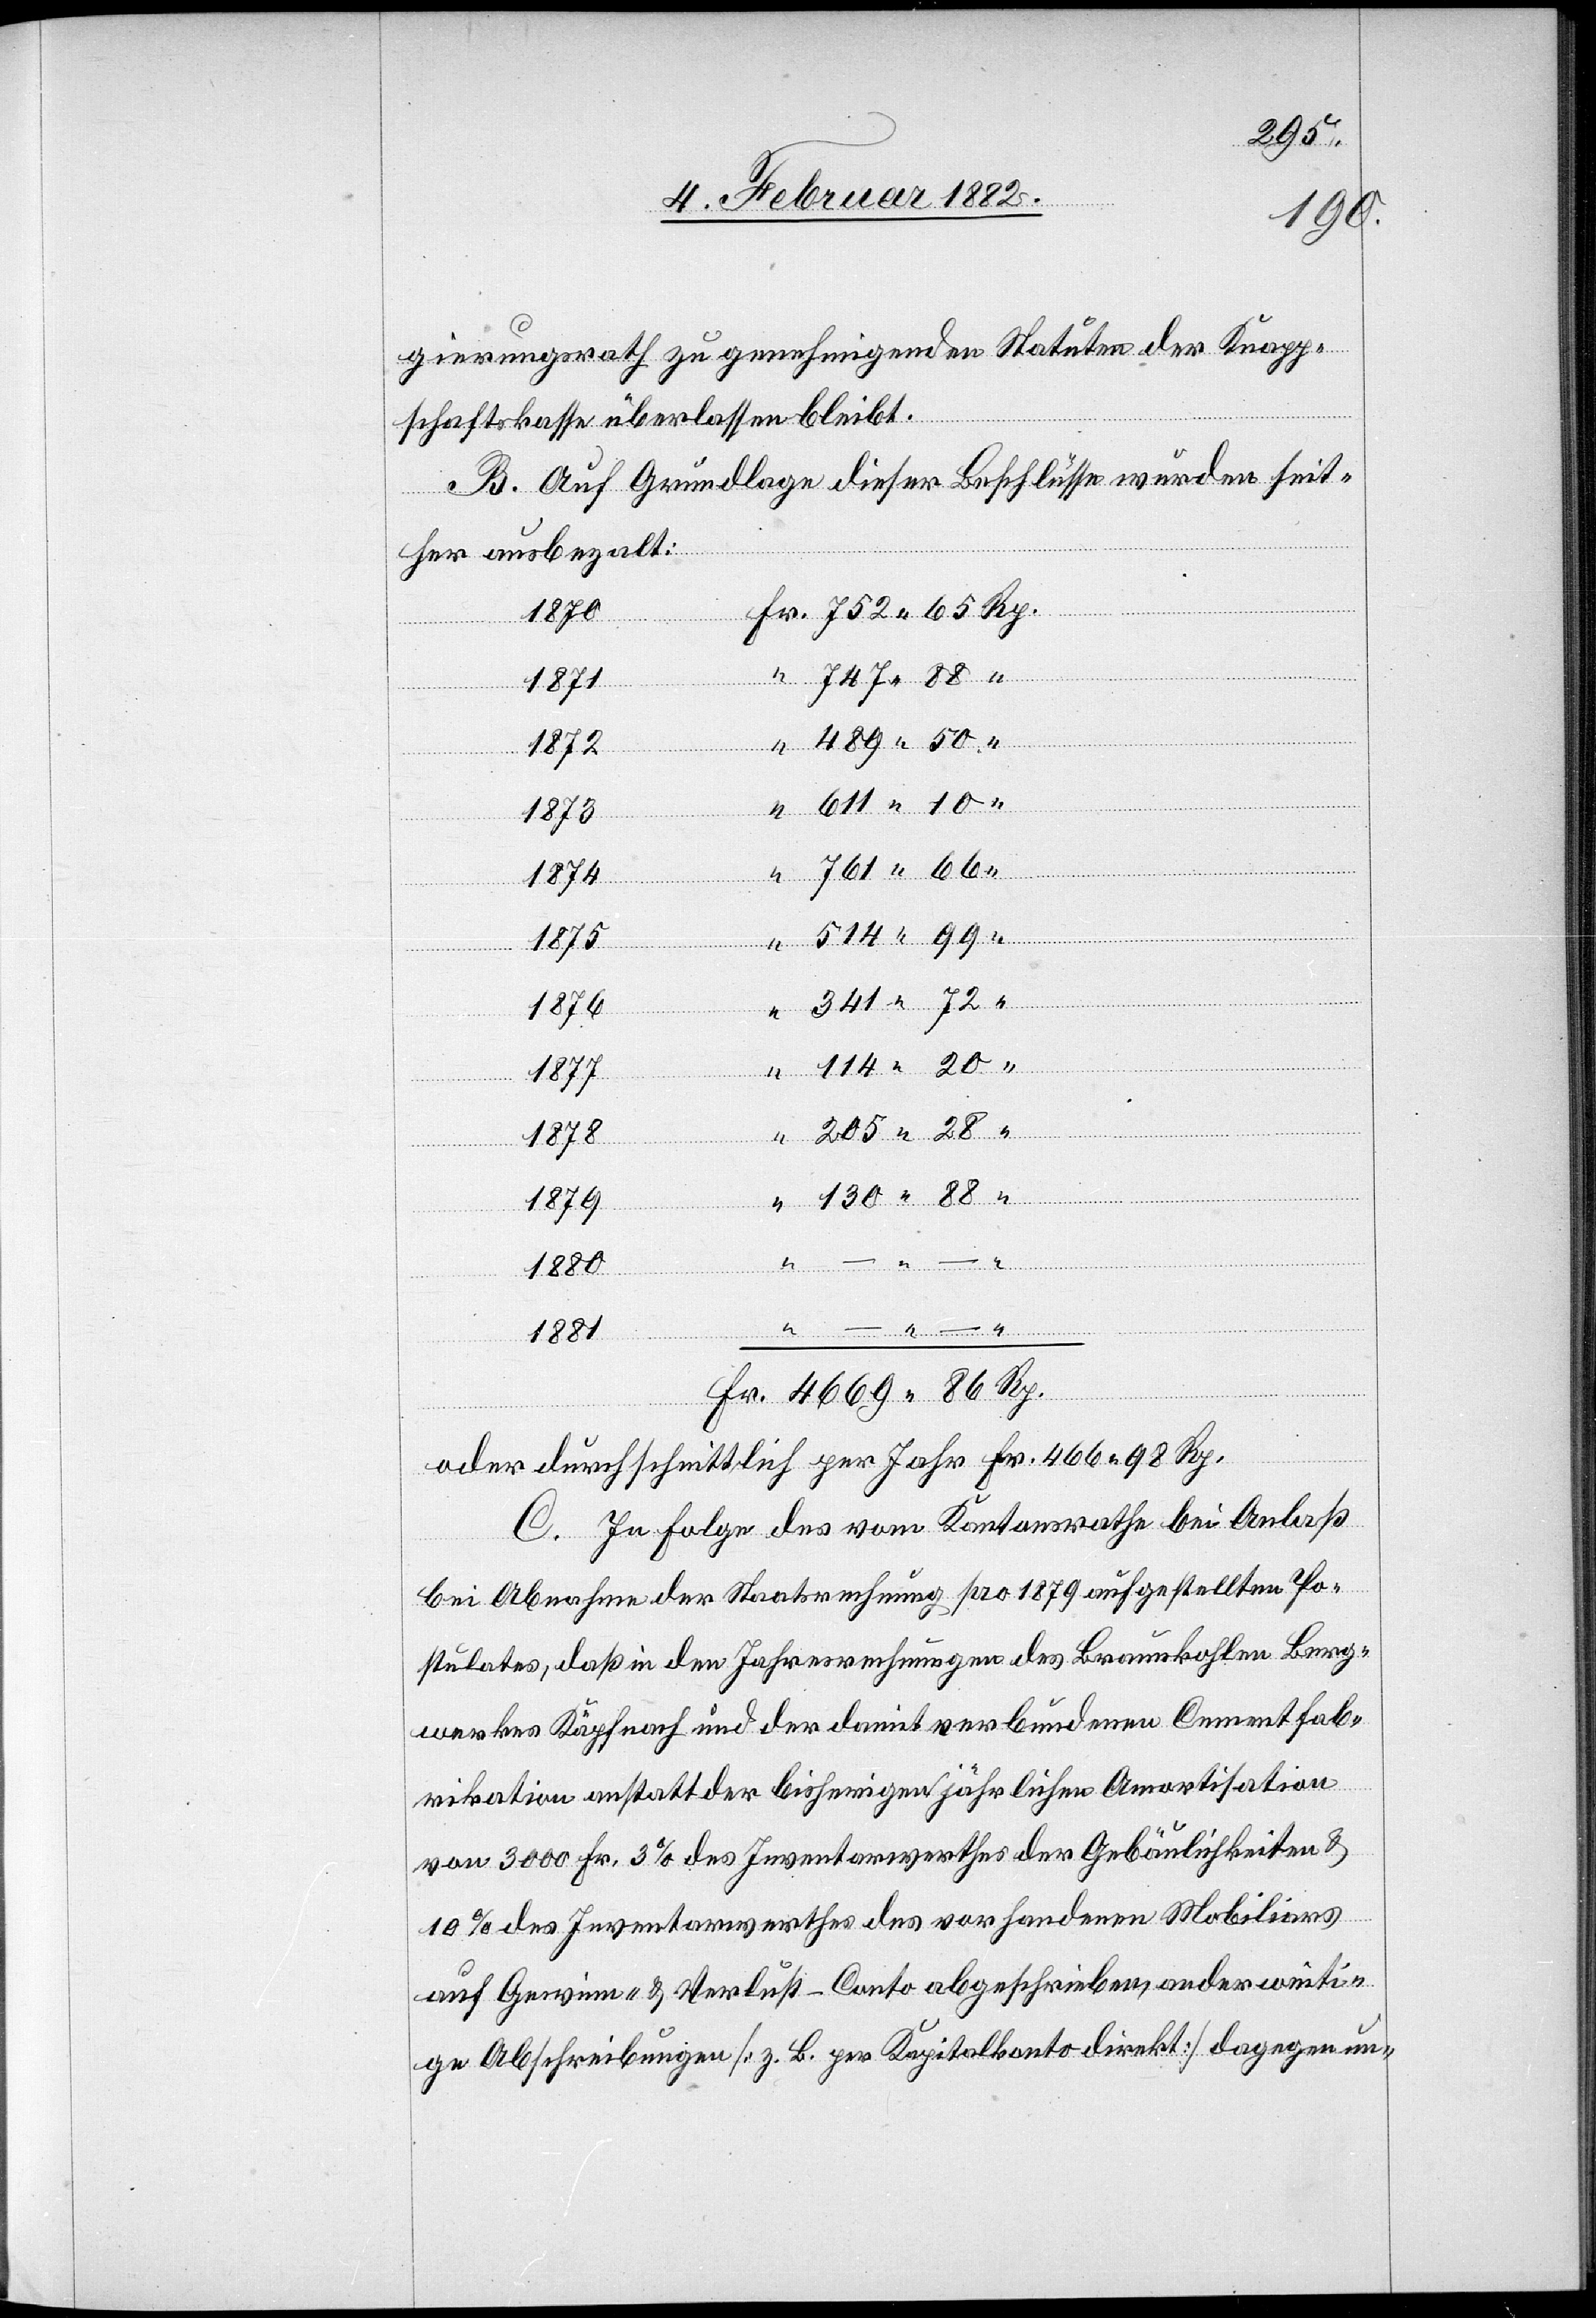
341 72 “
gierungsrath zu genehmigenden Statuten der Knapp¬
schaftskasse überlassen bleibt.
B. Auf Grundlage dieser Beschlüsse wurden seit¬
her ausbezahlt:
Fr. 752 65 Rp.
1871
“ 747 88 “
1872
489 50 “
1878
761 66
1875
205 28 “
1879
114 20 “
1877
130 88 “
1880
“ – – “
1881
Fr. 4669 86 Rp.
oder durchschnittlich per Jahr Fr. 466 98 Rp.
C. In Folge des vom Kantonsrath bei Anlaß
der Abnahme der Staatsrechnung pro 1879 aufgestellten Po¬
stulates, daß in den Jahresrechnungen des Braunkohlen Berg¬
werkes Käpfnach und der damit verbunden Cemmentfab¬
rikation anstatt der bisherigen jährlichen Amortisation
von 3000 Fr. 3% des Inventarrechtes der Gebäulichkeiten &
10% des Inventarwerthes des vorhandenen Mobiliars
auf Gewinn- & Verlust-Conto abgeschrieben, anderweiti¬
gen Abschreibungen [z. B. per Kapitalkonto direkt] dagegen un-